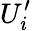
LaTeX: U_{i}^{\prime}